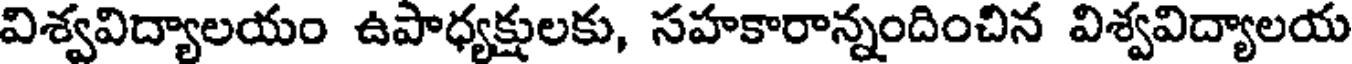
విశ్వవిద్యాలయం ఉపాధ్యక్షులకు, సహకారాన్నందించిన విశ్వవిద్యాలయ